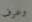
وعرف